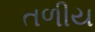
તળીય